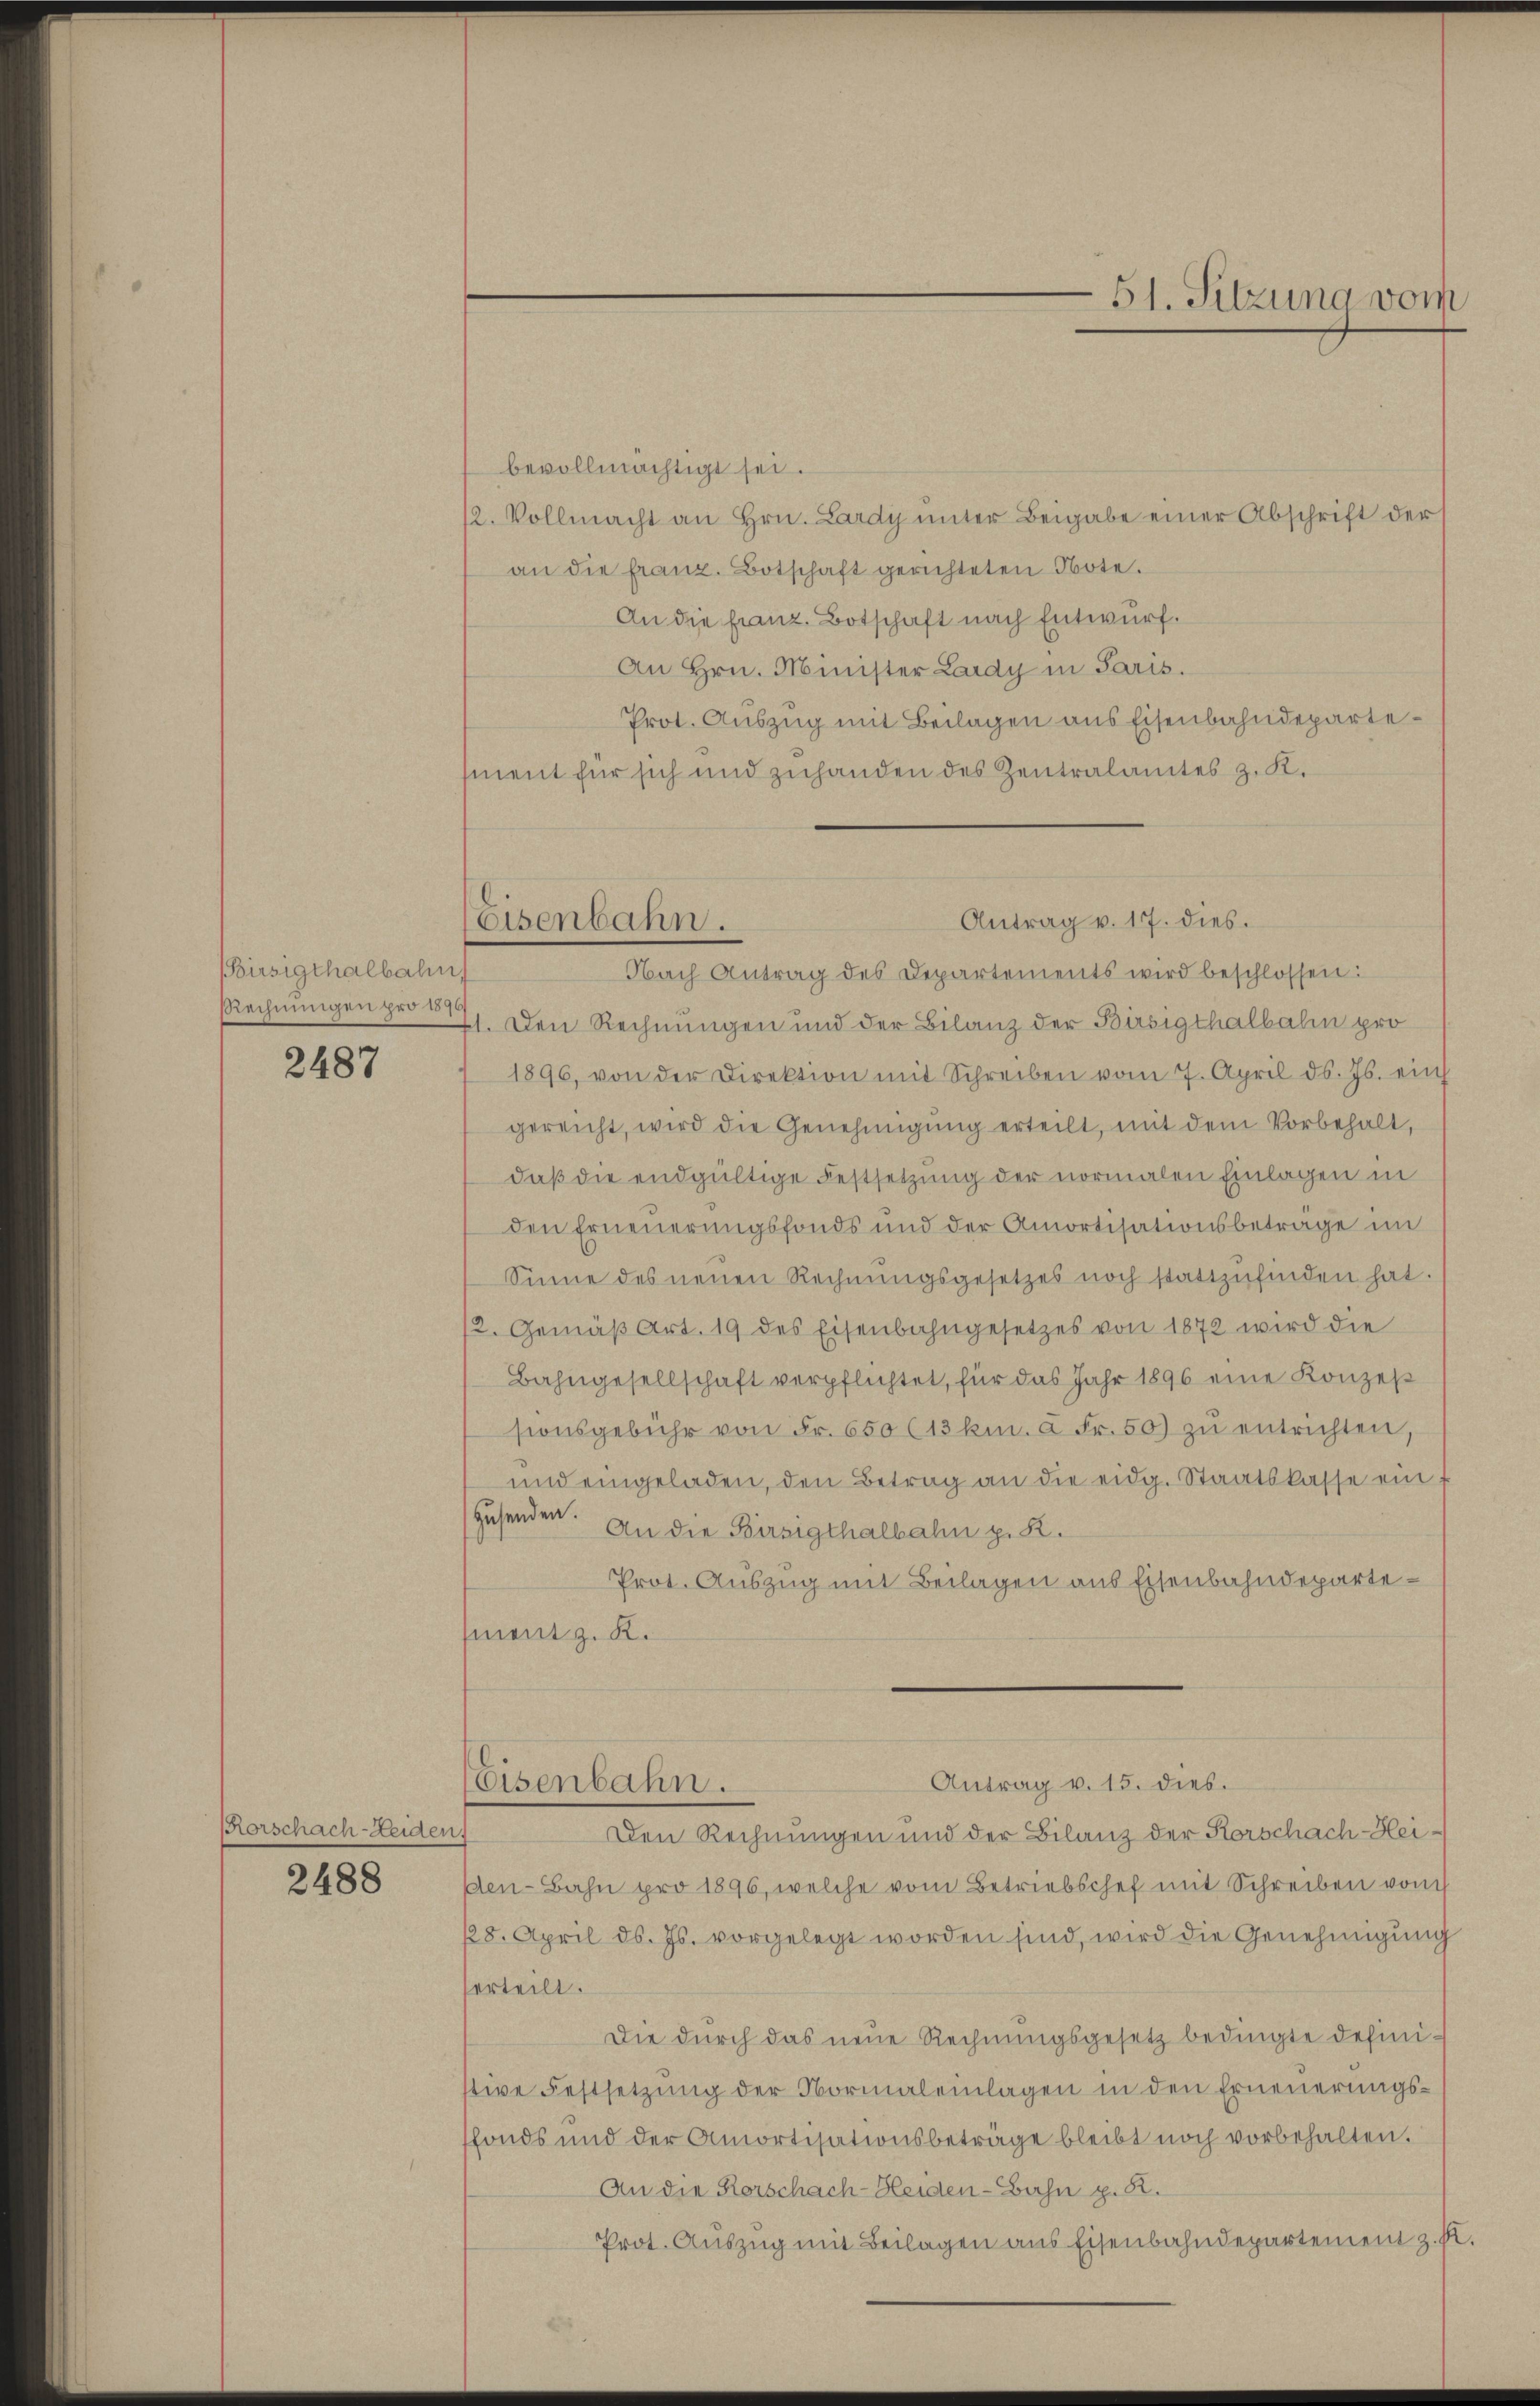
(Birsigthalbahn
Rechnungen pro 1896

2487

Rorschach-Leiden,
2488

Antrag v. 17. dies.
Eisenbahn.

bevollmächtigt sei.
12. Vollmacht an Hrn. Lardy unter Beigabe einer Abschrift der
an die franz. Botschaft gerichteten Note.
An die franz. Botschaft nach Entwurf.
An Hrn. Minister Lardy in Paris.
Prot. Auszug mit Beilagen aus Eisenbahndepartement für sich und zuhanden des Zentralamtes z. K.
Nach Antrag des Departements wird beschlossen:
41. Den Rechnungen und der Bilanz der Birsigthalbahn pro
1896, von der Direktion mit Schreiben vom 7. April d. Js. ein
gereicht, wird die Genehmigŭng erteilt, mit dem Vorbehalt,
daβ die endgültige Festsetzung der normalen Einlagen in
den Erneuerungsfonds und der Amortisationsbetrage im
Sinne des neuen Rechnŭngsgesetzes noch stattzŭfinden hat.
12. Gemäβ Art. 19 des Eisenbahngesetzes von 1872 wird die
Bahngesellschaft verpflichtet, für das Jahr 1896 eine Konzes
sionsgebühr von Fr. 650 (13 kr. à Fr. 50) zŭ entrichten,
und eingeladen, den Betrag an die eidg. Staatskasse ein f
Zusenden.
An die Birsigthalbahn p. K.
Prot. Auszug mit Beilagen aus Eisenbahndepartement z. K.
Antrag v. 15. dies.
Eisenbahn.
Den Rechnungen und der Bilanz der Korschach-Heiden-Bahn pro 1896, welche vom Betriebschef mit Schreiben vom
128. April d. Js. vorgelegt worden sind, wird die Genehmigung
erteilt.
Die durch das neue Rechnŭngsgesetz bedingte defini-
stive Festsetzung der Normaleinlagen in den Erneuerungsffonds und der Amortisationsbeträge bleibt noch vorbehalten.
An die Korschach-Heiden-Bahn p. 2.
Prot. Auszug mit Beilagen aus Eisenbahndepartement z.

51. Sitzung vom